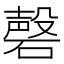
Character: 磬